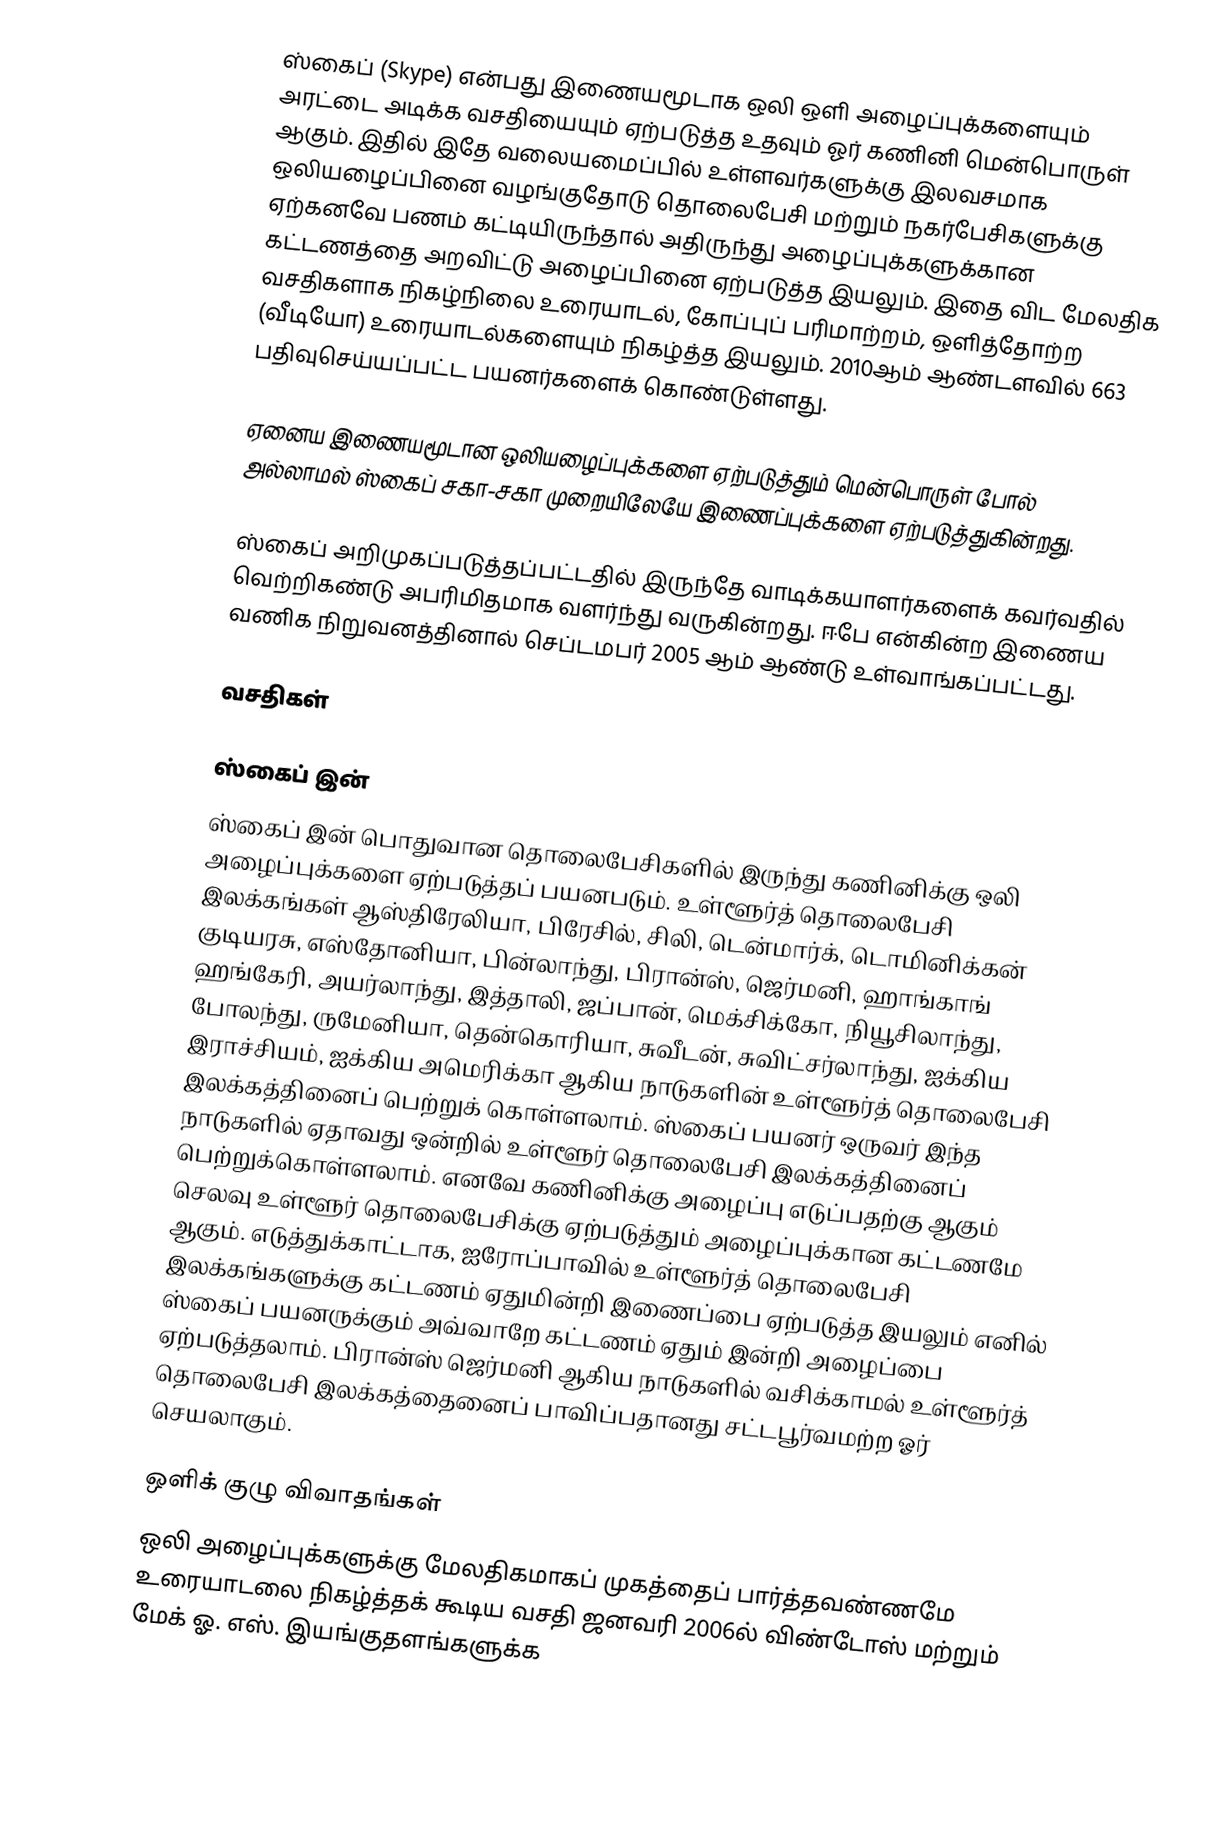
ஸ்கைப் (Skype) என்பது இணையமூடாக ஒலி ஒளி அழைப்புக்களையும் அரட்டை அடிக்க வசதியையும் ஏற்படுத்த உதவும் ஓர் கணினி மென்பொருள் ஆகும். இதில் இதே வலையமைப்பில் உள்ளவர்களுக்கு இலவசமாக ஒலியழைப்பினை வழங்குதோடு தொலைபேசி மற்றும் நகர்பேசிகளுக்கு ஏற்கனவே பணம் கட்டியிருந்தால் அதிருந்து அழைப்புக்களுக்கான கட்டணத்தை அறவிட்டு அழைப்பினை ஏற்படுத்த இயலும். இதை விட மேலதிக வசதிகளாக நிகழ்நிலை உரையாடல், கோப்புப் பரிமாற்றம், ஒளித்தோற்ற (வீடியோ) உரையாடல்களையும் நிகழ்த்த இயலும். 2010ஆம் ஆண்டளவில் 663 பதிவுசெய்யப்பட்ட பயனர்களைக் கொண்டுள்ளது.

ஏனைய இணையமூடான ஒலியழைப்புக்களை ஏற்படுத்தும் மென்பொருள் போல் அல்லாமல் ஸ்கைப் சகா-சகா முறையிலேயே இணைப்புக்களை ஏற்படுத்துகின்றது.

ஸ்கைப் அறிமுகப்படுத்தப்பட்டதில் இருந்தே வாடிக்கயாளர்களைக் கவர்வதில் வெற்றிகண்டு அபரிமிதமாக வளர்ந்து வருகின்றது. ஈபே என்கின்ற இணைய வணிக நிறுவனத்தினால் செப்டமபர் 2005 ஆம் ஆண்டு உள்வாங்கப்பட்டது.

வசதிகள்

ஸ்கைப் இன்
ஸ்கைப் இன் பொதுவான தொலைபேசிகளில் இருந்து கணினிக்கு ஒலி அழைப்புக்களை ஏற்படுத்தப் பயனபடும். உள்ளூர்த் தொலைபேசி இலக்கங்கள் ஆஸ்திரேலியா, பிரேசில், சிலி, டென்மார்க், டொமினிக்கன் குடியரசு, எஸ்தோனியா, பின்லாந்து, பிரான்ஸ், ஜெர்மனி, ஹாங்காங் ஹங்கேரி, அயர்லாந்து, இத்தாலி, ஜப்பான், மெக்சிக்கோ, நியூசிலாந்து, போலந்து, ருமேனியா, தென்கொரியா, சுவீடன், சுவிட்சர்லாந்து, ஐக்கிய இராச்சியம், ஐக்கிய அமெரிக்கா ஆகிய நாடுகளின் உள்ளூர்த் தொலைபேசி இலக்கத்தினைப் பெற்றுக் கொள்ளலாம். ஸ்கைப் பயனர் ஒருவர் இந்த நாடுகளில் ஏதாவது ஒன்றில் உள்ளூர் தொலைபேசி இலக்கத்தினைப் பெற்றுக்கொள்ளலாம். எனவே கணினிக்கு அழைப்பு எடுப்பதற்கு ஆகும் செலவு உள்ளூர் தொலைபேசிக்கு ஏற்படுத்தும் அழைப்புக்கான கட்டணமே ஆகும். எடுத்துக்காட்டாக, ஐரோப்பாவில் உள்ளூர்த் தொலைபேசி இலக்கங்களுக்கு கட்டணம் ஏதுமின்றி இணைப்பை ஏற்படுத்த இயலும் எனில் ஸ்கைப் பயனருக்கும் அவ்வாறே கட்டணம் ஏதும் இன்றி அழைப்பை ஏற்படுத்தலாம். பிரான்ஸ் ஜெர்மனி ஆகிய நாடுகளில் வசிக்காமல் உள்ளூர்த் தொலைபேசி இலக்கத்தைனைப் பாவிப்பதானது சட்டபூர்வமற்ற ஓர் செயலாகும்.

ஒளிக் குழு விவாதங்கள்
ஒலி அழைப்புக்களுக்கு மேலதிகமாகப் முகத்தைப் பார்த்தவண்ணமே உரையாடலை நிகழ்த்தக் கூடிய வசதி ஜனவரி 2006ல் விண்டோஸ் மற்றும் மேக் ஓ. எஸ். இயங்குதளங்களுக்க